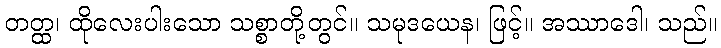
တတ္ထ၊ ထိုလေးပါးသော သစ္စာတို့တွင်။ သမုဒယေန၊ ဖြင့်။ အဿာဒေါ၊ သည်။